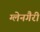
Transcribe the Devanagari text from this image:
ग्लेनगैरी